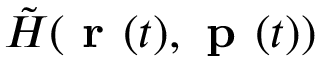
\tilde { H } ( \textbf { r } ( t ) , \textbf { p } ( t ) )